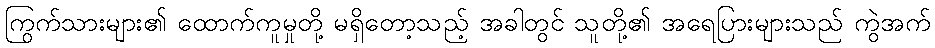
ကြွက်သားများ၏ ထောက်ကူမှုတို့ မရှိတော့သည့် အခါတွင် သူတို့၏ အရေပြားများသည် ကွဲအက်